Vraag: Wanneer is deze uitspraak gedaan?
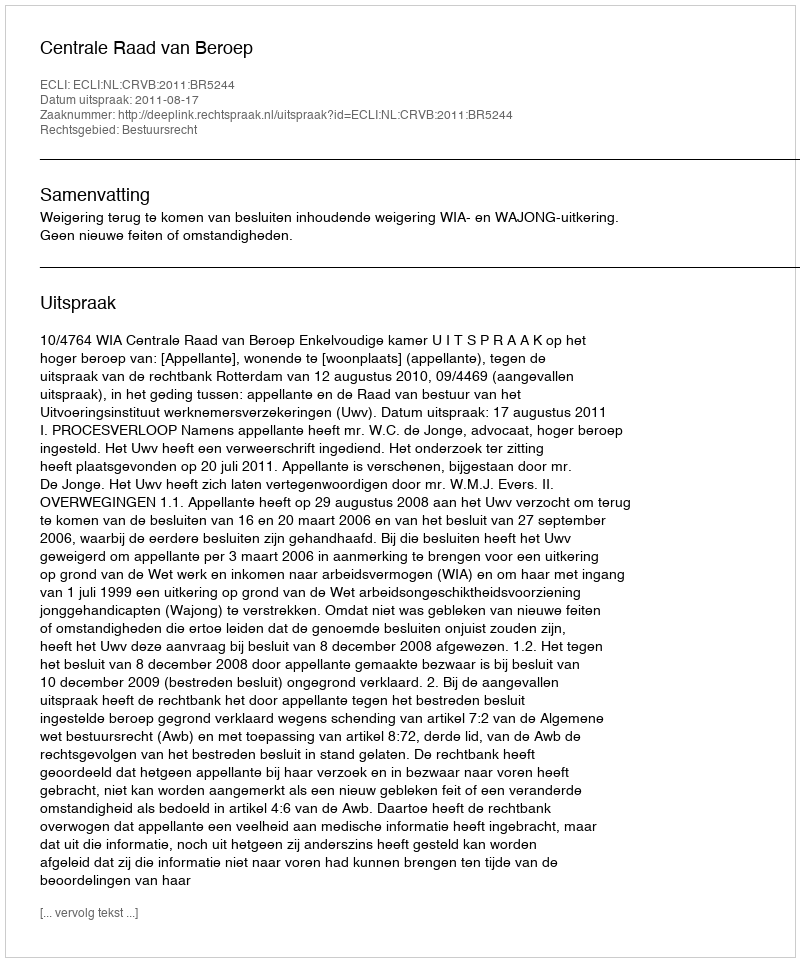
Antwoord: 2011-08-17